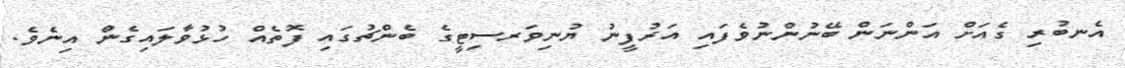
އެނބުރި ގެއަށް އަންނަން ބޭނުންނުވެފައި އަރުފީނު ޔުނިވަރސިޓީގެ ބެންޗުގައި ފޮތެއް ހުޅުވާލައިގެން އިނެވެ.